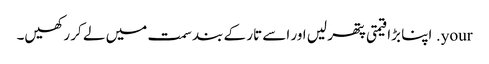
your. اپنا بڑا قیمتی پتھر لیں اور اسے تار کے بند سمت میں لے کر رکھیں۔